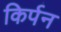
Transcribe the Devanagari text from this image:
किर्पन